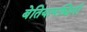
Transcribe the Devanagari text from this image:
बेतियापश्चिमी